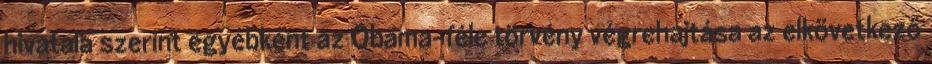
hivatala szerint egyébként az Obama-féle törvény végrehajtása az elkövetkező